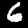
Label: 6